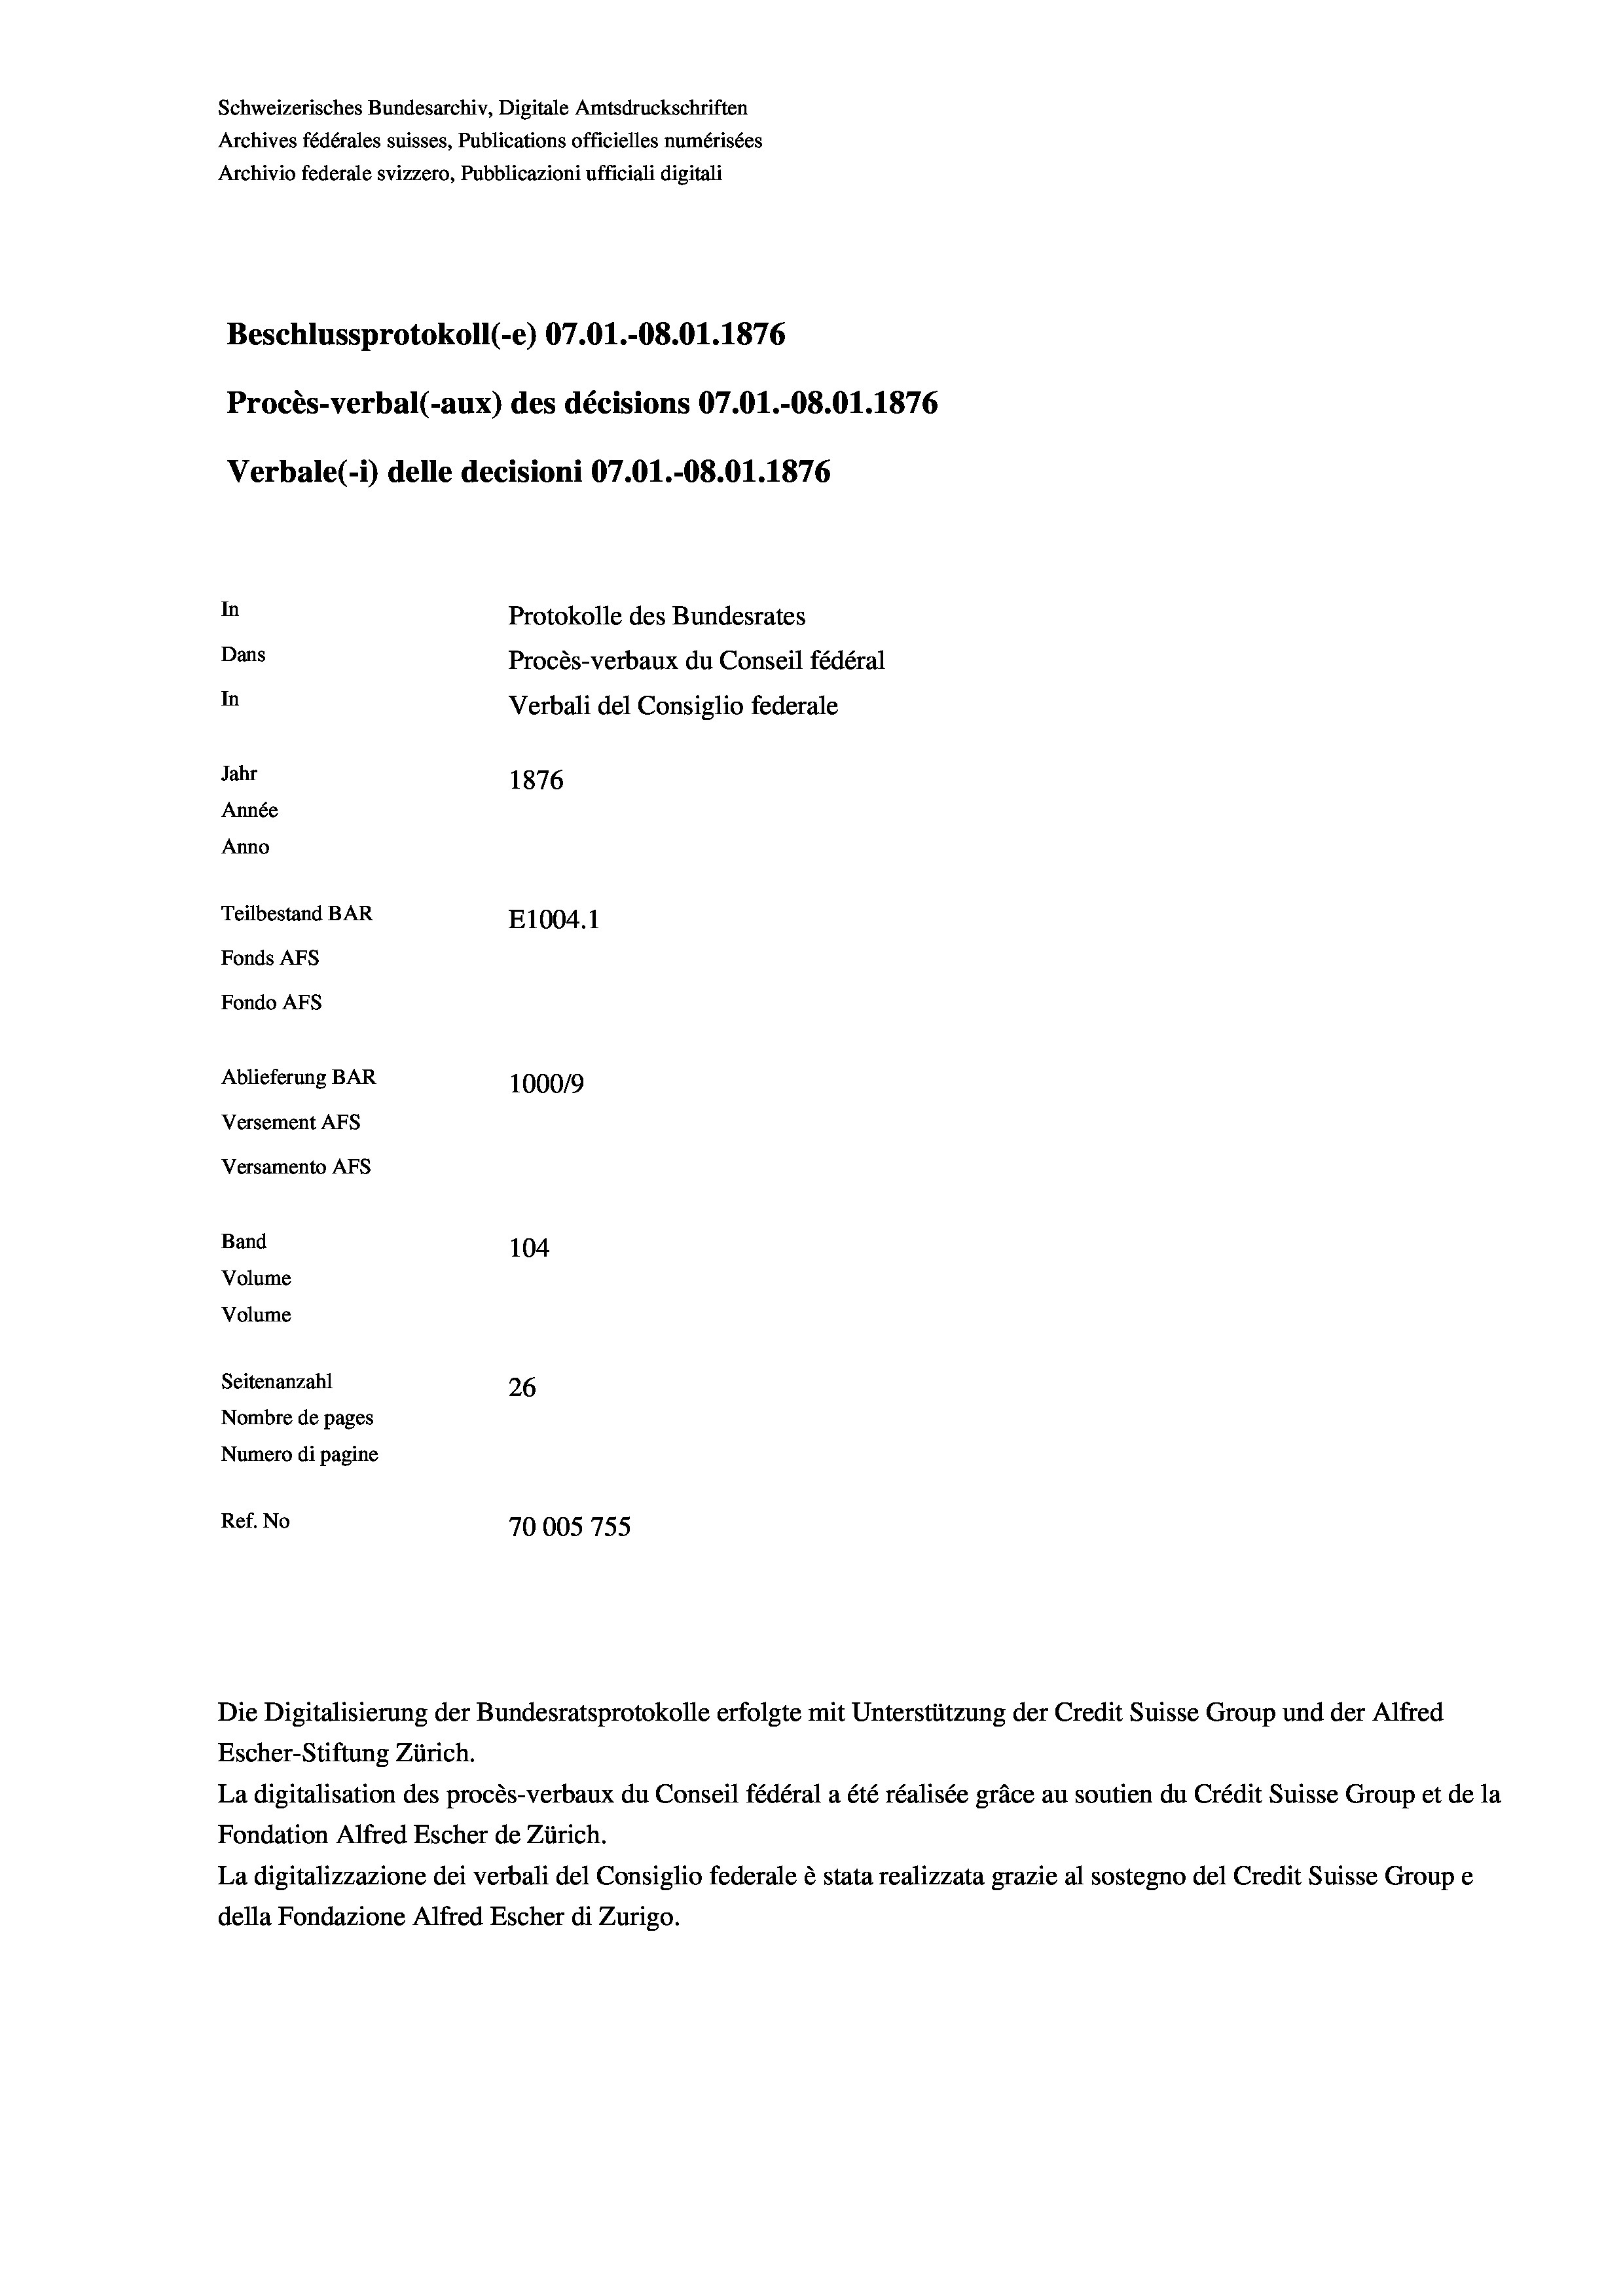
Schweizerisches Bundesarchiv, Digitale Amtsdruckschriften
Archives fédérales suisses, Publications officielles numérisées
Archivio federale svizzero, Pubblicazioni ufficiali digitali
Beschlussprotokoll (-e) 07.01.-08.01. 1876
Procès-verbal (-aux) des décisions 07.01.-O8.01. 1876
Verbale(*) delle decisioni 07.01.-O8.01. 1876
In
Protokolle des Bundesrates
Dans
Procès-verbaux du Conseil fédéral
In
Verbali del Consiglio federale
Jahr
1876
Année
Anno
Teilbestand BAR
E1004.1
Fonds AFs
Fondo Afs
Ablieferung BAR
100019
Versement AFs
Versamento Afs
Band
104
Volume
Volume

Seitenanzahl
26
Nombre de pages
Numero di pagine
Ref. No
70005 755

Die Digitalisierung der Bundesratsprotokolle erfolgte mit Unterstützung der Credit Suisse Group und der Alfred

Escher-Stiftung Zürich.
La digitalisation des procès-verbaux du Conseil fédéral a été réalisée gräce au soutien du Crédit Suisse Group et de la
Fondation Alfred Escher de Zürich.
La digitalizzazione dei verbali del Consiglio federale è stata realizzata grazie al sostegno del Credit Suisse Groupe
della Fondazione Alfred Escher di Zurigo.